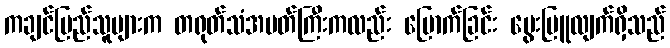
ကချင်ပြည်သူများက တရုတ်သံအမတ်ကြီးကလည်း မြောက်ခြင်း မွေးမြူလျက်ရှိသည်